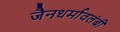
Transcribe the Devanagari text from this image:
जैनधर्मावलंबी